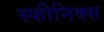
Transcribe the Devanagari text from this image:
स्फीनिक्स